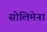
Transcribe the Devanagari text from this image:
सोलिमेना